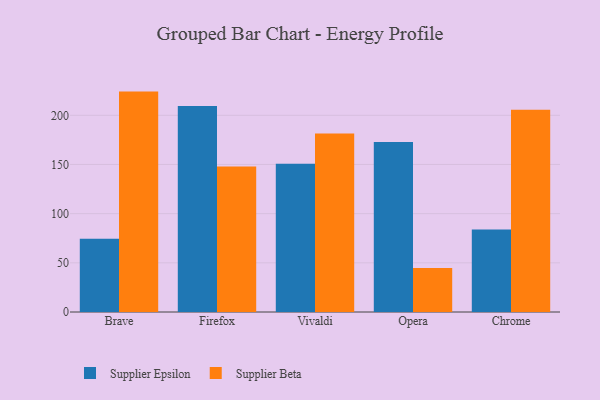
{"axis": {"x": "Browser", "y": "LTV (USD)"}, "legend": ["Supplier Beta", "Supplier Epsilon"], "data": [{"x": "Brave", "y": 74.4, "type": "Supplier Epsilon"}, {"x": "Brave", "y": 224.1, "type": "Supplier Beta"}, {"x": "Firefox", "y": 209.4, "type": "Supplier Epsilon"}, {"x": "Firefox", "y": 148.0, "type": "Supplier Beta"}, {"x": "Vivaldi", "y": 150.8, "type": "Supplier Epsilon"}, {"x": "Vivaldi", "y": 181.4, "type": "Supplier Beta"}, {"x": "Opera", "y": 172.9, "type": "Supplier Epsilon"}, {"x": "Opera", "y": 44.7, "type": "Supplier Beta"}, {"x": "Chrome", "y": 84.0, "type": "Supplier Epsilon"}, {"x": "Chrome", "y": 205.6, "type": "Supplier Beta"}]}